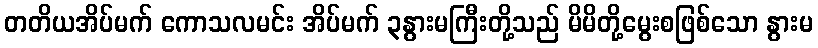
တတိယအိပ်မက် ကောသလမင်း အိပ်မက် ၃နွားမကြီးတို့သည် မိမိတို့မွေးစဖြစ်သော နွားမ